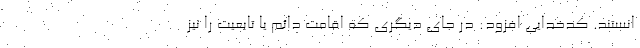
انستند. کدخدایی افزود: در جای دیگری که اقامت دائم یا تابعیت را نیز